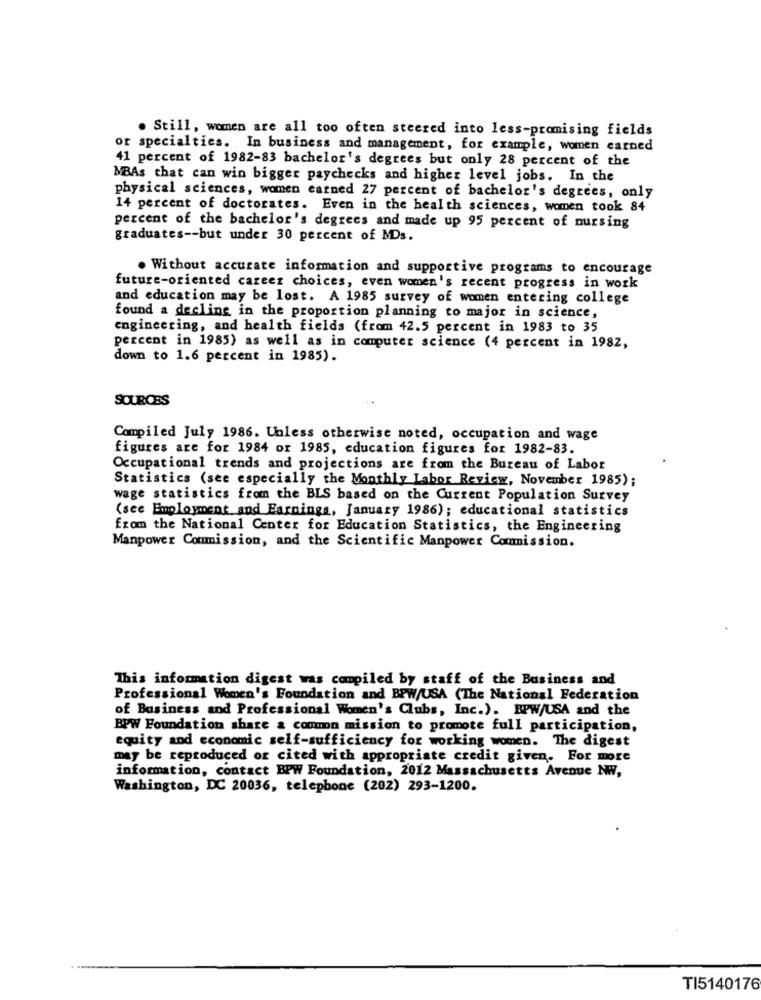
. Still, women are all too often steered into less-promising fields
or specialties. In business and management, for example, women earned
41 percent of 1982-83 bachelor's degrees but only 28 percent of the
MBAs that can win bigger paychecks and higher level jobs. In the
physical sciences, women earned 27 percent of bachelor's degrees, only
14 percent of doctorates. Even in the health sciences, women took 84
percent of the bachelor's degrees and made up 95 percent of nursing
graduates -- but under 30 percent of MDs.
. Without accurate information and supportive programs to encourage
future-oriented career choices, even women's recent progress in work
and education may be lost. A 1985 survey of women entering college
found a decling in the proportion planning to major in science,
engineering, and health fields (from 42.5 percent in 1983 to 35
percent in 1985) as well as in computer science (4 percent in 1982,
down to 1.6 percent in 1985).
SOURCES
Compiled July 1986. Unless otherwise noted, occupation and wage
figures are for 1984 or 1985, education figures for 1982-83.
Occupational trends and projections are from the Bureau of Labor
Statistics (see especially the Monthly Labor Review, November 1985);
wage statistics from the BLS based on the Current Population Survey
(see Employment and Earnings, January 1986); educational statistics
from the National Center for Education Statistics, the Engineering
Manpower Commission, and the Scientific Manpower Commission.
This information digest was compiled by staff of the Business and
Professional Women's Foundation and BPW/USA (The National Federation
of Business and Professional Women's Clubs, Inc.). BPW/USA and the
BPW Foundation share & common mission to promote full participation,
equity and economic self-sufficiency for working women. The digest
may be reproduced or cited with appropriate credit given. For more
information, contact BPW Foundation, 2012 Massachusetts Avenue NW,
Washington, DC 20036, telephone (202) 293-1200.
TI5140176